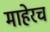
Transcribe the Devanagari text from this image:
माहेरच